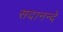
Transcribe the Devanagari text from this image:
सदानन्दे